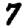
Digit: 7